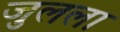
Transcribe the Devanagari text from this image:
जुलला